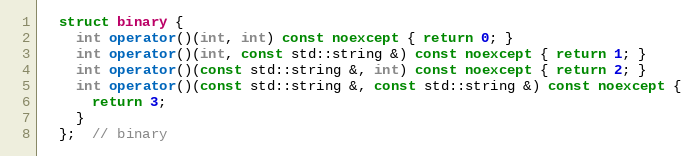
Language: C++
  struct binary {
    int operator()(int, int) const noexcept { return 0; }
    int operator()(int, const std::string &) const noexcept { return 1; }
    int operator()(const std::string &, int) const noexcept { return 2; }
    int operator()(const std::string &, const std::string &) const noexcept {
      return 3;
    }
  };  // binary